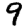
Digit: 9